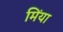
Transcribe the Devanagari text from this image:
मिंया